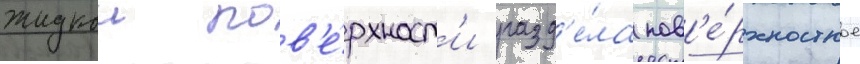
жидкои пов'е́рхност'и разд'е́ла пов'е́рхностное